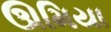
ઊમિયા